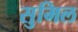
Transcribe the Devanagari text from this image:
सुमिल